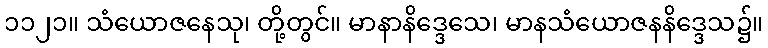
၁၁၂၁။ သံယောဇနေသု၊ တို့တွင်။ မာနာနိဒ္ဒေသေ၊ မာနသံယောဇနနိဒ္ဒေသ၌။